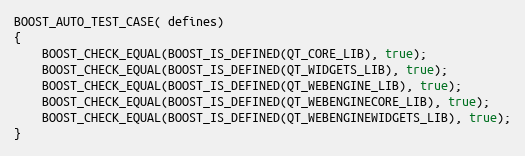
Language: C++
BOOST_AUTO_TEST_CASE( defines)
{
    BOOST_CHECK_EQUAL(BOOST_IS_DEFINED(QT_CORE_LIB), true);
    BOOST_CHECK_EQUAL(BOOST_IS_DEFINED(QT_WIDGETS_LIB), true);
    BOOST_CHECK_EQUAL(BOOST_IS_DEFINED(QT_WEBENGINE_LIB), true);
    BOOST_CHECK_EQUAL(BOOST_IS_DEFINED(QT_WEBENGINECORE_LIB), true);
    BOOST_CHECK_EQUAL(BOOST_IS_DEFINED(QT_WEBENGINEWIDGETS_LIB), true);
}